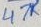
Text: 47K